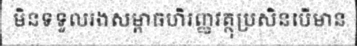
មិនទទួលរងសម្ពាធហិរញ្ញវត្ថុប្រសិនបើមាន